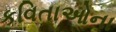
કવિતાઓના